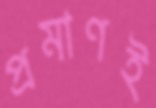
প্রমাণই